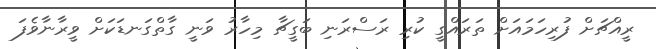
ރީއްޗަށް ފުރިހަމައަށް ތަރައްގީ ކުރި ރަސްރަނި ބަގީޗާ މިހާރު ވަނީ ގާތްގަނޑަކަށް ވީރާނާވެފަ